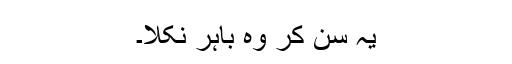
یہ سن کر وہ باہر نکلا۔